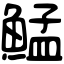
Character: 鯭